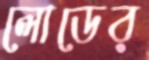
লোডের